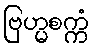
ဗြဟ္မစက္ကံ